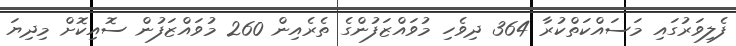
ފެލިވަރުގައި މަސައްކަތްކުރާ 364 ދިވެހި މުވައްޒަފުންގެ ތެރެއިން 260 މުވައްޒަފުން ސޮއިކޮށް މިދިޔަ